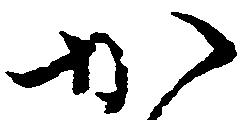
か